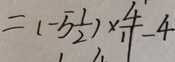
= ( - 5 \frac { 1 } { 2 } ) \times \frac { 4 } { 1 1 } - 4